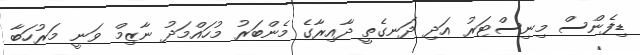
ޑިފެންސް މިނިސްޓަރު އަދި ދަނގެތީ ދާއިރާގެ މެންބަރު މުހައްމަދު ނާޒިމް ވަނީ މަރުހަބާ